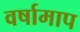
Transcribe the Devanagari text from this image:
वर्षामाप